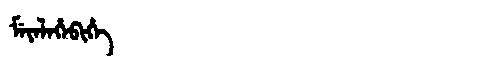
Manchu: ᠮᡝᠶᡝᠯᡝᡥᡝᠪᡳᡥᡝ
Romanization: MEYELEHEBIHE